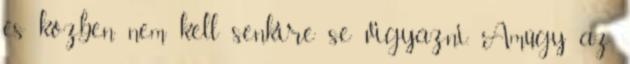
és közben nem kell senkire se vigyázni. Amúgy az